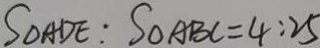
S _ { \Delta } A D E : S _ { \Delta } A B C = 4 : 2 5